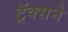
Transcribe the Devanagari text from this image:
ट्रॅक्सने